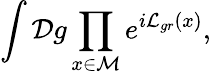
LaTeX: \int{\cal D}g\prod_{x\in\cal M}e^{i{\cal L}_{gr}(x)},